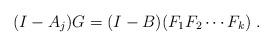
LaTeX: \begin{align*}(I-A_j)G = (I-B) (F_1F_2\cdots F_k ) \ .\end{align*}